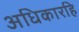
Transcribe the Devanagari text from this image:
अधिकारहि